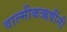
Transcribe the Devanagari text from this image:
वाल्मीकऋषींनी